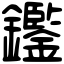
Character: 𨯿